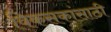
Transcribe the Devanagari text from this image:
विकसकांसाठी